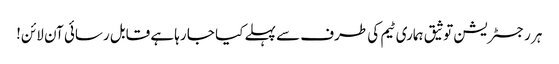
ہر رجسٹریشن توثیق ہماری ٹیم کی طرف سے پہلے کیا جا رہا ہے قابل رسائی آن لائن!